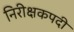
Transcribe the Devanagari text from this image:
निरीक्षकपदी